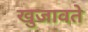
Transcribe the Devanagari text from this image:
खुजावते